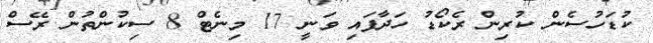
ކުޑަހުސެން ކުރިން ރެކޯޑު ހަދާފައި ވަނީ 17 މިނެޓް 8 ސިކުންތުން ރޭސް